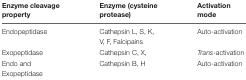
<table><thead><tr><td><b>Enzyme cleavage property</b></td><td><b>Enzyme (cysteine protease)</b></td><td><b>Activation mode</b></td></tr></thead><tbody><tr><td>Endopeptidase</td><td>Cathepsin L, S, K, V, F, Falcipains</td><td>Auto-activation</td></tr><tr><td>Exopeptidase</td><td>Cathepsin C, X,</td><td><i>Trans</i>-activation</td></tr><tr><td>Endo and Exopeptidase</td><td>Cathepsin B, H</td><td>Auto-activation</td></tr></tbody></table>